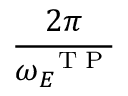
\displaystyle \frac { 2 \pi } { \omega _ { E } ^ { \mathrm { ~ \tiny ~ T ~ P ~ } } }